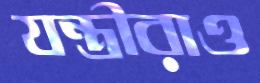
যন্ত্রীরাও